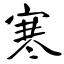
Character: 寒